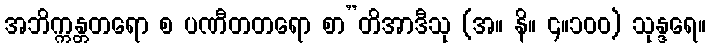
အဘိက္ကန္တတရော စ ပဏီတတရော စာ”တိအာဒီသု (အ။ နိ။ ၄။၁၀၀) သုန္ဒရေ။